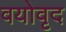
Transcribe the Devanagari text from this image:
वयोवृद